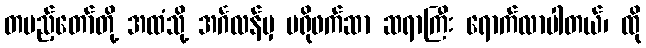
တပည့်တော်တို့ အထံသို့ အင်္ဂလန်မှ ပရိုဖက်ဆာ ဆရာကြီး ရောက်လာပါတယ်၊ ထို